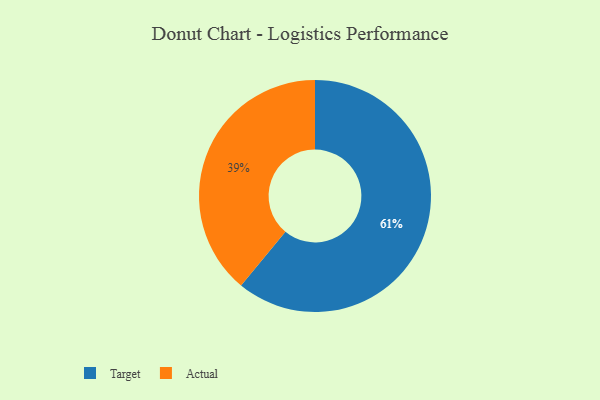
{"axis": {"x": "Category", "y": "Percentage"}, "legend": ["Actual", "Target"], "data": [{"x": "Actual", "y": 39, "type": "Actual"}, {"x": "Target", "y": 61, "type": "Target"}]}